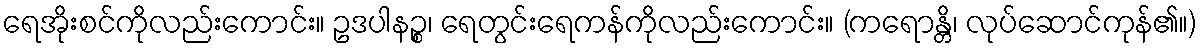
ရေအိုးစင်ကိုလည်းကောင်း။ ဥဒပါနဉ္စ၊ ရေတွင်းရေကန်ကိုလည်းကောင်း။ (ကရောန္တိ၊ လုပ်ဆောင်ကုန်၏။)